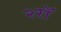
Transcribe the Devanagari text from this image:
२रॉ